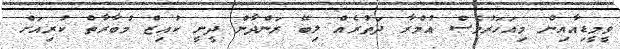
ވީމީޑިއާއިން މިއަހަރުވެސް އުމްރާ ދަތުރެއް ލިބޭ ރަންދާން ދީނީ ކުއިޒް މުބާރާތް ކުރިއަށް